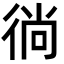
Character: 徜